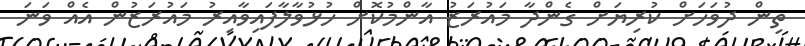
ތިން ދުވަހަށް ކުރިޔަށް ގެންދާ މައުރަޒު އާންމުކޮށް ހުޅުވާލާފައިވާއިރު މައުރަޒުން އެއް ވަނަ